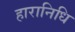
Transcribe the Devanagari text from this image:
हारानिधि